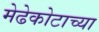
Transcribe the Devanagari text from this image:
मेढेकोटाच्या